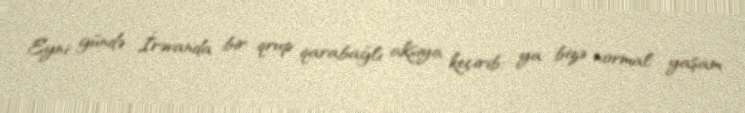
Eyni gündə İrəvanda bir qrup qarabağlı aksiya keçirib: ya bizə normal yaşam